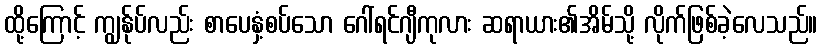
ထို့ကြောင့် ကျွန်ုပ်လည်း စာပေနှံ့စပ်သော ဂေါ်ရင်ဂျီကုလား ဆရာယား၏အိမ်သို့ လိုက်ဖြစ်ခဲ့လေသည်။